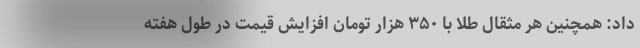
داد: همچنین هر مثقال طلا با ۳۵۰ هزار تومان افزایش قیمت در طول هفته